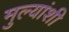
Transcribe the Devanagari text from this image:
मुल्यांशी